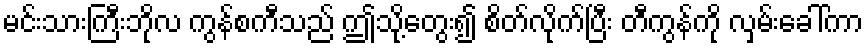
မင်းသားကြီးဘိုလ ကွန်စကီသည် ဤသို့တွေး၍ စိတ်လိုက်ပြီး တီကွန်ကို လှမ်းခေါ်ကာ